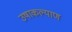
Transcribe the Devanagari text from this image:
उषाकल्याण